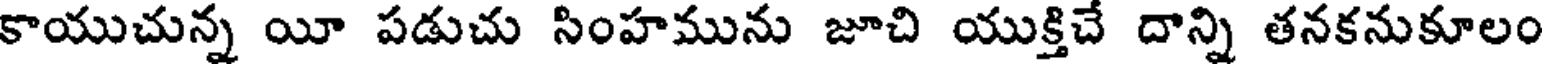
కాయుచున్న యీ పడుచు సింహమును జూచి యుక్తిచే దాన్ని తనకనుకూలం